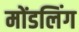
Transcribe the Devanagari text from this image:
मोंडलिंग